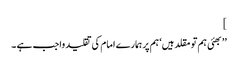
]
’’بھئی ہم تو مقلد ہیں‘ ہم پر ہمارے امام کی تقلید واجب ہے ۔